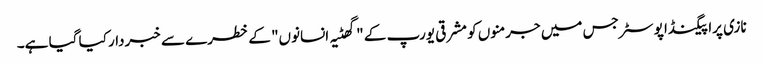
نازی پراپیگنڈا پوسٹر جس میں جرمنوں کو مشرقی یورپ کے "گھٹیہ انسانوں" کے خطرے سے خبردار کیا گیا ہے۔